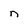
Character: n